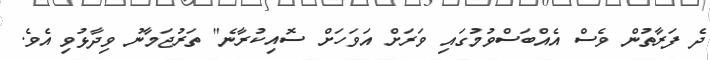
ދެ ފަރާތުން ވެސް އެއްބަސްވުމުގައި ވަަރަށް އަވަހަށް ސޮއިކުރާނެ" ތަރުޖަމާނު ވިދާޅުވި އެވެ.